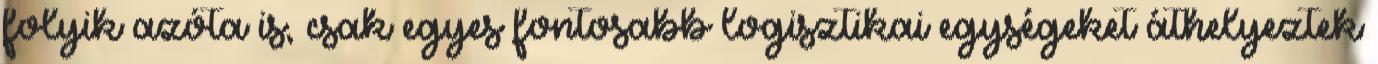
folyik azóta is, csak egyes fontosabb logisztikai egységeket áthelyeztek